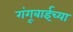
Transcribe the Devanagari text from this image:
गंगूबाईच्या